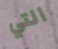
التي